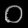
Digit: ၀